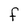
Character: F